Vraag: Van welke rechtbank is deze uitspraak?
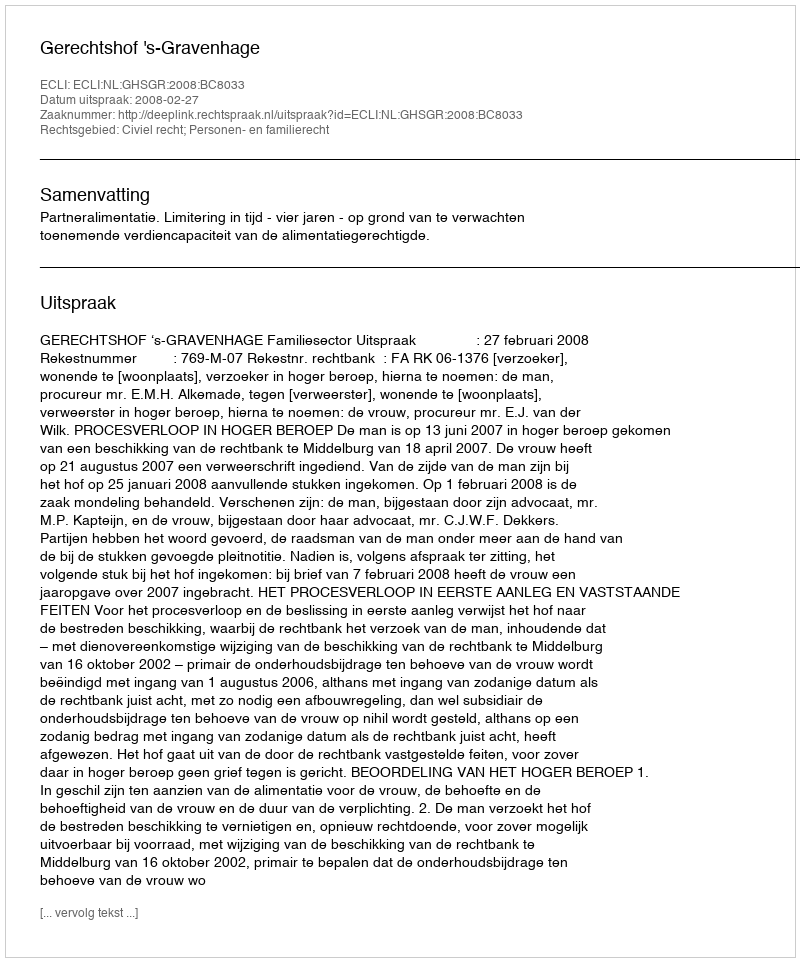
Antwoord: Gerechtshof 's-Gravenhage